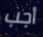
أجب